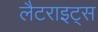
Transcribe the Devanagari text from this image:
लैटराइट्स